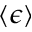
\left< \epsilon \right>